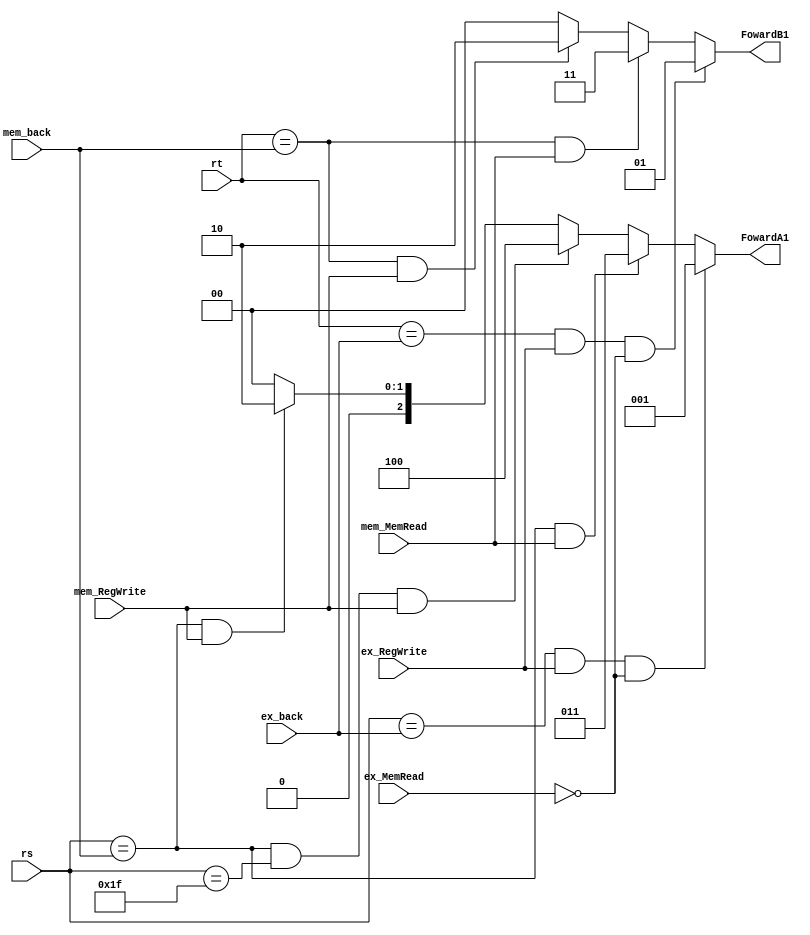
`timescale 1ns / 1ps
//////////////////////////////////////////////////////////////////////////////////
// Company: 
// Engineer: 
// 
// Design Name: 
// Module Name:    Foward1 
// Project Name: 
// Target Devices: 
// Tool versions: 
// Description: 
//
// Dependencies: 
//
// Revision: 
// Revision 0.01 - File Created
// Additional Comments: 
//
//////////////////////////////////////////////////////////////////////////////////
module Foward1(FowardA1,FowardB1,rs,rt,ex_back,ex_RegWrite,ex_MemRead,mem_back,mem_RegWrite,mem_MemRead
    );
	 output reg[2:0]FowardA1;
	 output reg[1:0]FowardB1;
	 input [4:0]rs;
	 input[4:0]rt;
	 input[4:0]ex_back;
	 input [4:0]mem_back;
	 input mem_RegWrite,ex_RegWrite,ex_MemRead,mem_MemRead;
	 //0 ?? 1 ex_aluout 2mem_aluout 3Data_in
	 always@(*)
	 begin
		if(rs==ex_back && ex_RegWrite && !ex_MemRead) //(id,ex,ex_aluout)
			FowardA1=1;
		else if(rs==mem_back &&mem_MemRead)// (id,mem,Data_in)
			FowardA1=3;
		else if(rs==mem_back && rs==5'd31 && mem_RegWrite)
			FowardA1=4;
		else if(rs==mem_back &&mem_RegWrite)//(ex,mem,mem_aluout)
			FowardA1=2;
		else
			FowardA1=0;
			
		if(rt==ex_back && ex_RegWrite && !ex_MemRead) //(id,ex,ex_aluout)
			FowardB1=1;
		else if(rt==mem_back &&mem_MemRead)// (id,mem,Data_in)
			FowardB1=3;
		else if(rt==mem_back &&mem_RegWrite)//(ex,mem,mem_aluout)
			FowardB1=2;
		else
			FowardB1=0;
  end

endmodule